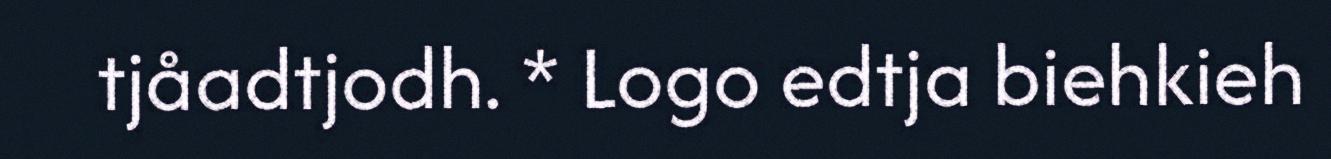
tjåadtjodh. * Logo edtja biehkieh